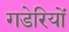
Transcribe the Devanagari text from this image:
गडेरियों